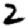
Digit: 2